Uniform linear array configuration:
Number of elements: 16
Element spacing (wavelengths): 0.25
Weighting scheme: exponential
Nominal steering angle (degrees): -60
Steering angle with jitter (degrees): -60.832
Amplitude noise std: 0.05
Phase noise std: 0.05

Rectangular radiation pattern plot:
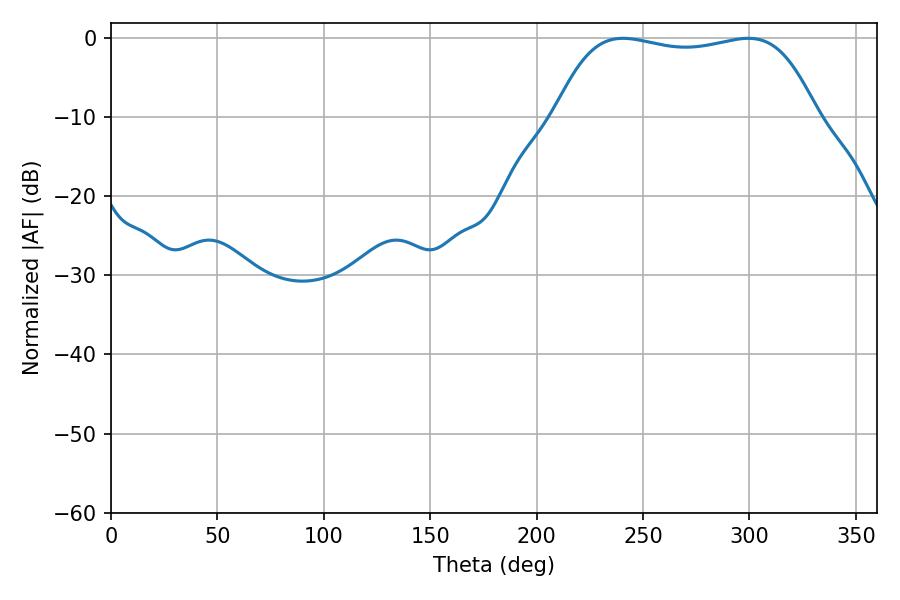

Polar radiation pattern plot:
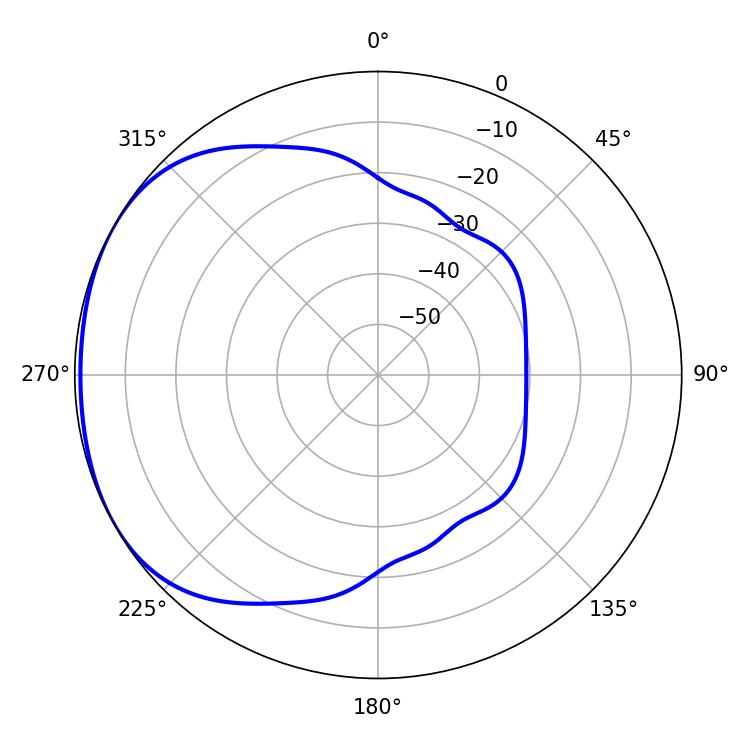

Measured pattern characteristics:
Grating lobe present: FALSE
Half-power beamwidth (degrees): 97.92
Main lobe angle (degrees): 240.66